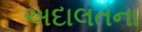
અદાલતના